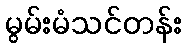
မွမ်းမံသင်တန်း